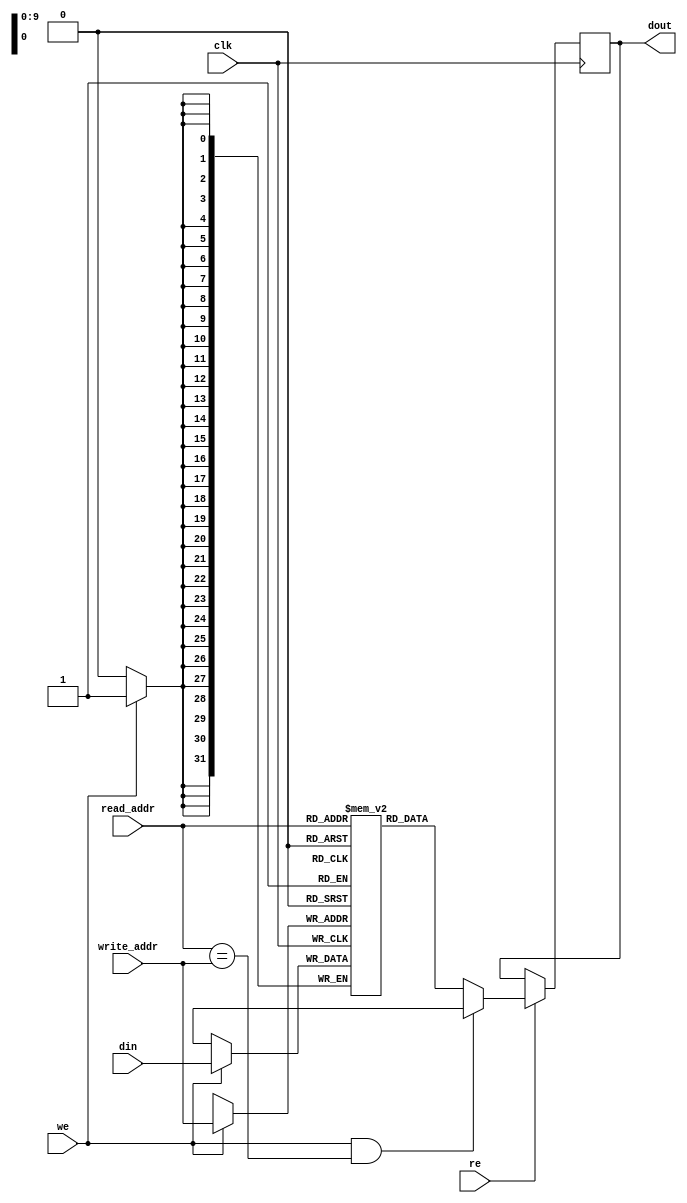
module ram_simple_dp_synch_undefined_collision_1024x32 (clk, we,re, read_addr, write_addr, din, dout);
    input clk, we, re;
    input [9:0] read_addr, write_addr;
    input [31:0] din;
    output reg [31:0] dout=0;
    
    reg [31:0] ram [1023:0];

    always @(posedge clk)
    begin
        if (we)
            ram[write_addr] <= din;
        if (re) begin
            dout <= ram[read_addr];
            if (we && read_addr == write_addr)
                dout <= 'bx;
        end
    end

endmodule